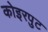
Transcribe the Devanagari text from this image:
कोइरपुट